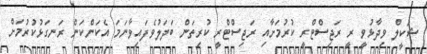
ޝަކީލް ވިދާޅުވީ ރީ ރަޖިސްޓްރީ ކުރުމަށާއި ރަޖިސްޓްރީ ކުރިތަން ބަދަލުވެފައިވާނަމަ އެކަންކަން ރަނގަޅުކުރުމަށް